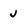
Character: J